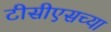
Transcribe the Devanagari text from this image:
टीसीएसच्या